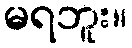
မရဘူး။